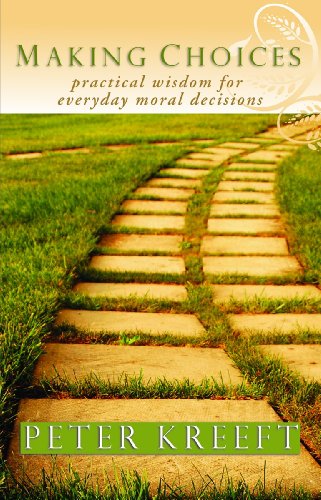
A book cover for Making Choices: Practical Wisdom for Everyday Moral Decisions; Peter Kreeft; Christian Books & Bibles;